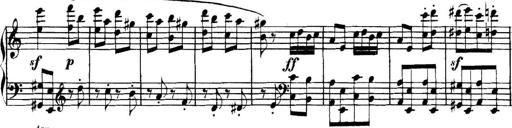
Title: Collected Piano Sonatas
Composer: Muzio Clementi